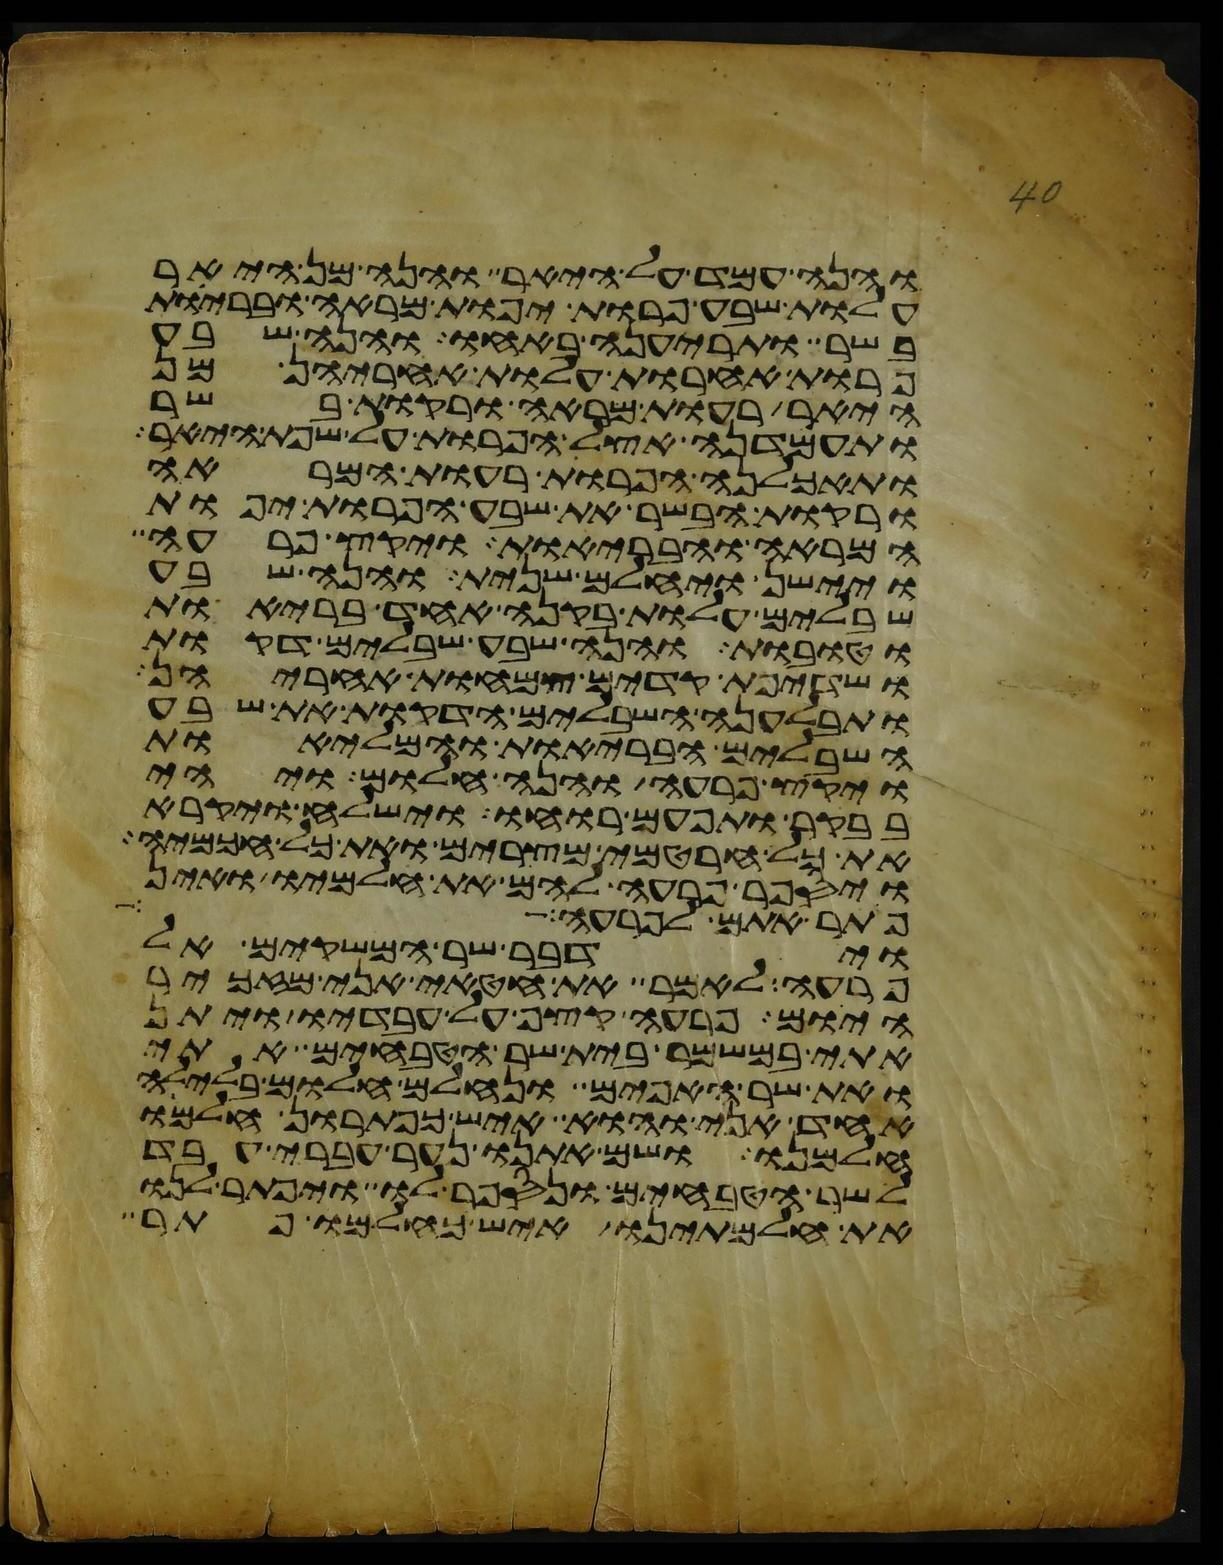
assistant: והנה עמד על היאר והנה מן היאר
עלות שבע פרות יפות מראה ובריות
בשר ותריענה באחו והנה שבע
פרות אחרות עלות אחריהן מן
היאר רעות מראה ורקות בשר
ותעמדנה אצל הפרות על שפת היאר
ותאכלנה הפרות רעות המראה
ורקות הבשר את שבע הפרות יפות
המראה והבריות ויקץ פרעה
ויישן ויחלם שנית והנה שבע
שבלים עלות בקנה אחד בריות
וטובות והנה שבע שבלים דקות
ושדיפת קדים צמחות אחריהן
ותבלענה השבלים הדקות את שבע
השבלים הבריות והמליות
ויקץ פרעה והנה חלום ויהי
בבקר ותפעם רוחו וישלח ויקרא
את כל חרטמי מצרים ואת כל חכמיה
ויספר פרעה להם את חלמיו ואין
פתר אתם לפרעה
וידבר שר המשקים אל
פרעה לאמר את חטאי אני מזכיר
היום פרעה קצף על עבדיו ויתן
אתי במשמר בית שר הטבחים אתי
ואת שר האפים ונחלם חלום בלילה
אחד אני והוא איש כפתרון חלמו
חלמנו ושם אתנו נער עברי עבד
לשר הטבחים ונספר לו ויפתר לנו
את חלמתינו איש כחלמו פתר